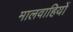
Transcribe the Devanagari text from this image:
मालवाहियों